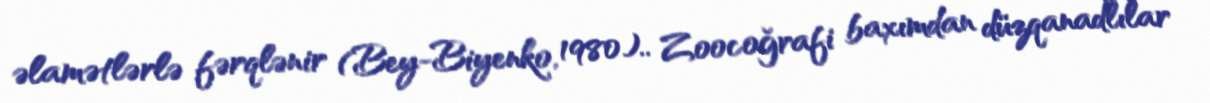
əlamətlərlə fərqlənir (Bey-Biyenko, 1980).. Zoocoğrafi baxımdan düzqanadlılar